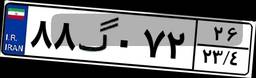
۸۸گ۰۷۲۲۶